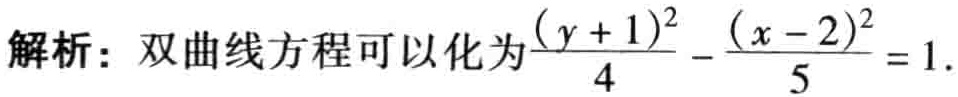
解析：双曲线方程可以化为$\frac{(y + 1)^2}{4} - \frac{(x - 2)^2}{5} = 1$.